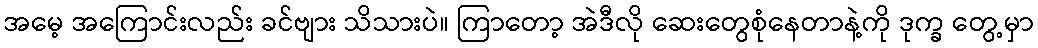
အမေ့ အကြောင်းလည်း ခင်ဗျား သိသားပဲ။ ကြာတော့ အဲဒီလို ဆေးတွေစုံနေတာနဲ့ကို ဒုက္ခ တွေ့မှာ